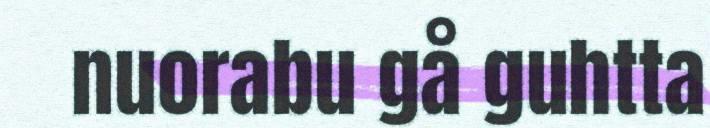
nuorabu gå guhtta